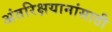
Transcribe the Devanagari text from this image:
अंतरिक्षयानांसाठी